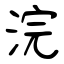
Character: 浣